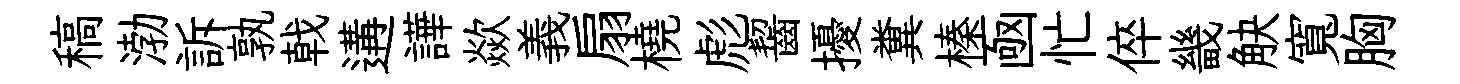
稿渤訴孰戟遘譁歘義扇橈彪齧擾糞榛凾忙倅畿觖寬胸